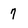
Character: 7